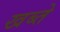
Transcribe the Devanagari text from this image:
खब्ते